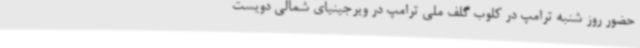
حضور روز شنبه‌ ترامپ در کلوب گلف ملی ترامپ در ویرجینیای شمالی دویست